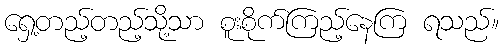
ရှေ့တည့်တည့်သို့သာ စူးစိုက်ကြည့်နေကြ ရသည်။